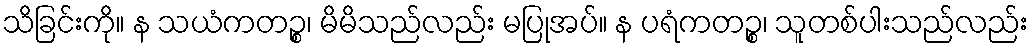
သိခြင်းကို။ န သယံကတဉ္စ၊ မိမိသည်လည်း မပြုအပ်။ န ပရံကတဉ္စ၊ သူတစ်ပါးသည်လည်း